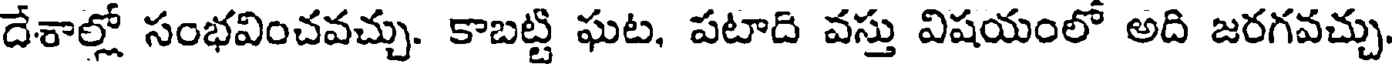
దేశాల్లో సంభవించవచ్చు. కాబట్టి ఘట, పటాది వస్తు విషయంలో అది జరగవచ్చు